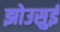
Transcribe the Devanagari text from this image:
झोउसुई